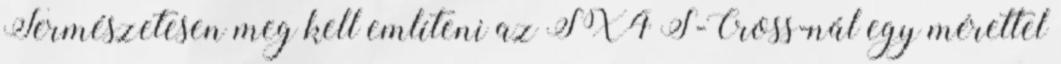
Természetesen meg kell említeni az SX4 S-Cross-nál egy mérettel